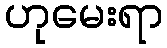
ဟုမေးရာ